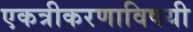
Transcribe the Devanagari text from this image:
एकत्रीकरणाविषयी